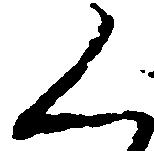
く